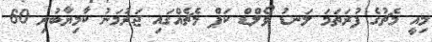
މިއީ މެޗުގެ ފުރަތަމަ ލަނޑު ވޯލްޑް ކަޕް މެޗެއްގައި ޖަރުމަނު ކާމިޔާބުރި 60